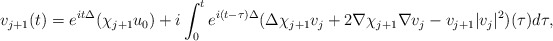
\begin{align*}v_{j+1}(t)=e^{it\Delta}(\chi_{j+1}u_{0})+i\int_{0}^{t}e^{i(t-\tau)\Delta}(\Delta \chi_{j+1}v_{j}+2\nabla \chi_{j+1}\nabla v_{j}-v_{j+1}|v_{j}|^{2})(\tau)d\tau,\end{align*}